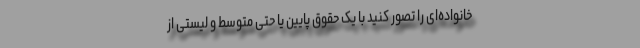
خانواده‌ای را تصور کنید با یک حقوق پایین یا حتی متوسط و لیستی از